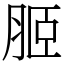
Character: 𦚟